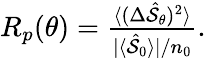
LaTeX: \begin{array}{r}{R_{p}(\theta)=\frac{\langle(\Delta\hat{\cal S}_{\theta})^{2}\rangle}{|\langle\hat{\cal S}_{0}\rangle|/n_{0}}.}\end{array}